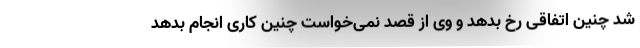
شد چنین اتفاقی رخ بدهد و وی از قصد نمی‌خواست چنین کاری انجام بدهد